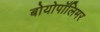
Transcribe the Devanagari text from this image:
बोयोपॉलिमर